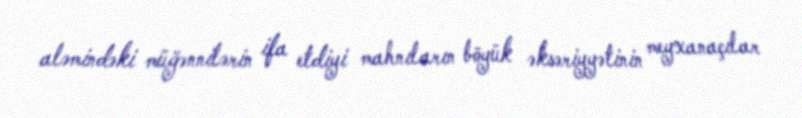
aləmindəki müğənnilərin ifa etdiyi mahnıların böyük əksəriyyətinin meyxanaçılar